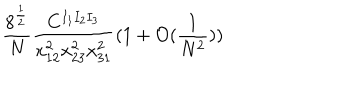
\frac { 8 ^ { \frac { 1 } { 2 } } } { N } \frac { C ^ { I _ { 1 } I _ { 2 } I _ { 3 } } } { x _ { 1 2 } ^ { 2 } x _ { 2 3 } ^ { 2 } x _ { 3 1 } ^ { 2 } } ( 1 + \mathcal { O } ( \frac { 1 } { N ^ { 2 } } ) )